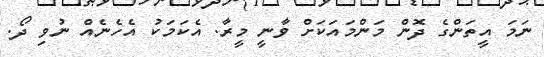
ނަމަ އީތަންގެ ދޮން މަންމައަކަށް ވާނީ މީރާ. އެކަމަކު އެހެނެއް ނުވި ދޯ.